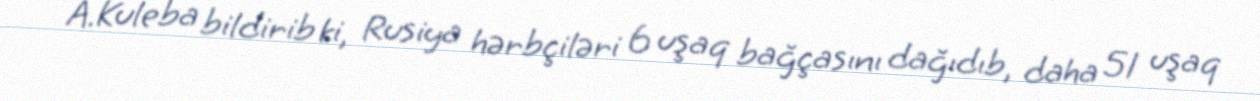
A.Kuleba bildirib ki, Rusiya hərbçiləri 6 uşaq bağçasını dağıdıb, daha 51 uşaq